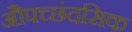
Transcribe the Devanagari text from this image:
औपच्छंदसिक